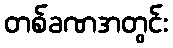
တစ်ခဏအတွင်း